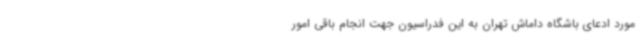
مورد ادعای باشگاه داماش تهران به این فدراسیون جهت انجام باقی امور